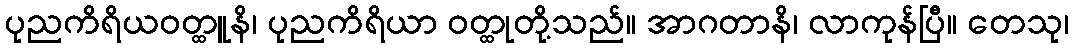
ပုညကိရိယဝတ္ထူနိ၊ ပုညကိရိယာ ဝတ္ထုတို့သည်။ အာဂတာနိ၊ လာကုန်ပြီ။ တေသု၊